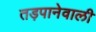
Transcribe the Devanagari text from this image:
तड़पानेवाली